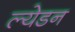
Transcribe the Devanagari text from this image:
ल्येडन